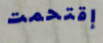
إقتحمت